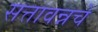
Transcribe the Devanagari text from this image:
सत्तावन्नचे